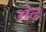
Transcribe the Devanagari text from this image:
भेढ़